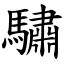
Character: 驌